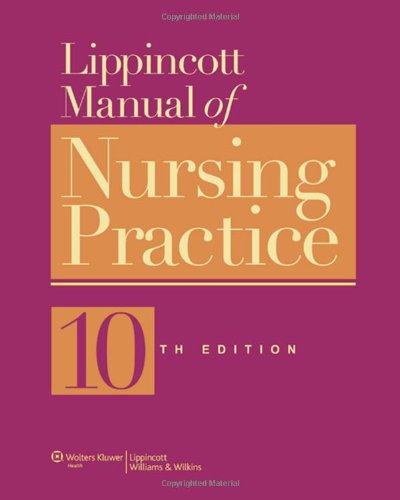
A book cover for Lippincott Manual of Nursing Practice; Medical Books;